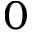
0